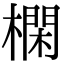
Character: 㯗